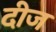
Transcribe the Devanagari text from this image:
दीज